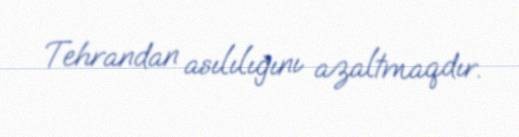
Tehrandan asılılığını azaltmaqdır.